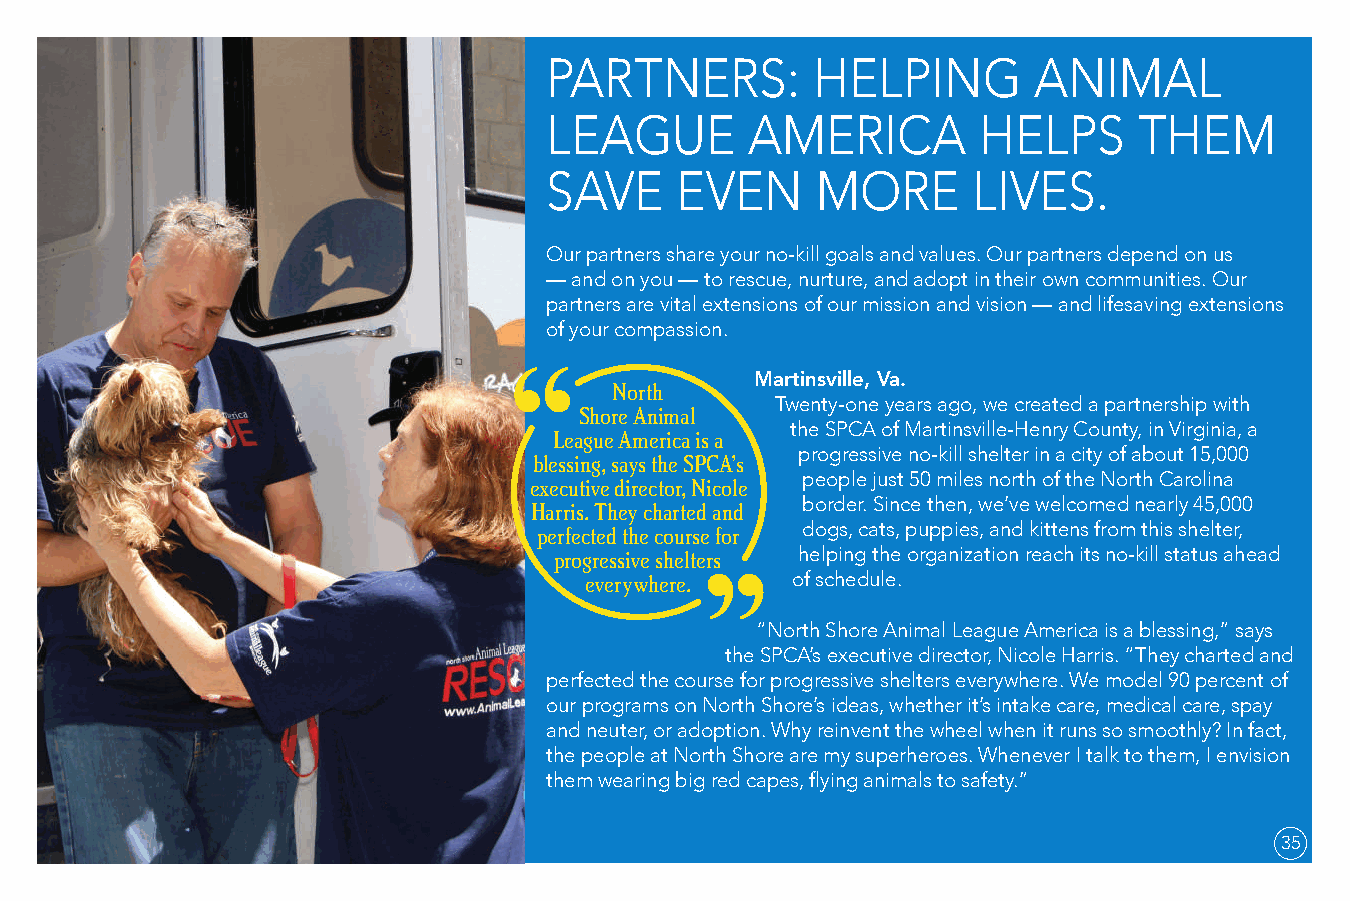
PARTNERS:         HELPING       ANIMAL
 LEAGUE        AMERICA        HELPS     THEM
 SAVE     EVEN     MORE      LIVES.
 Our partners share your no-kill goals and values. Our partners depend on us
 — and on you — to rescue, nurture, and adopt in their own communities. Our
 partners are vital extensions of our mission and vision — and lifesaving extensions
 of your compassion.
 Martinsville, Va.
 North
 Twenty-one years ago, we created a partnership with
 Shore Animal
 the SPCA of Martinsville-Henry County, in Virginia, a
 League America is a
 progressive no-kill shelter in a city of about 15,000
 blessing, says the SPCA’s
 executive director, Nicole people just 50 miles north of the North Carolina
 Harris. They charted and border. Since then, we’ve welcomed nearly 45,000
 perfected the course for dogs, cats, puppies, and kittens from this shelter,
 progressive shelters helping the organization reach its no-kill status ahead
 everywhere.  of schedule.
 “North Shore Animal League America is a blessing,” says
 the SPCA’s executive director, Nicole Harris. “They charted and
 perfected the course for progressive shelters everywhere. We model 90 percent of
 our programs on North Shore’s ideas, whether it’s intake care, medical care, spay
 and neuter, or adoption. Why reinvent the wheel when it runs so smoothly? In fact,
 the people at North Shore are my superheroes. Whenever I talk to them, I envision
 them wearing big red capes, flying animals to safety.”
 35